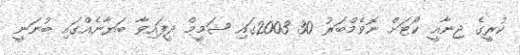
ކުރީގެ ޖިނާއީ ކޯޓަށް ނޮވެމްބަރު 30 2003ގައި ޝަމީމް ދީފައިވާ ބަޔާނެއްގައި ބުނަނީ